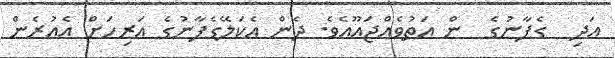
އަދި  ގެފާނުގެ  ން އަތުވެއްޖައޫއެވެ. ދެން އެކަލޭގެފާނުގެ އަރިހަށް އެއުރެން